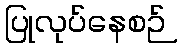
ပြုလုပ်နေစဉ်